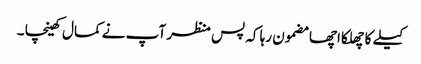
کیلے کا چھلکا اچھا مضمون رہا کہ پس منظر آپ نے کمال کھینچا ۔